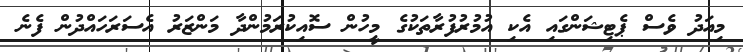
މިއަދު ވެސް ޕެޓިޝަންގައި އެކި އުމުރުފުރާތަކުގެ މީހުން ސޮއިކުރަމުންދާ މަންޒަރު އެސަރަހައްދުން ފެނެ